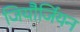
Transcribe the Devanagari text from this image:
जियौर्जियन